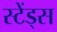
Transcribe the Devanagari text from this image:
स्टेंड्स